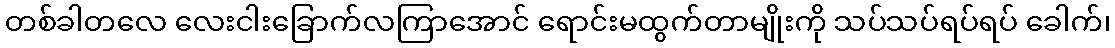
တစ်ခါတလေ လေးငါးခြောက်လကြာအောင် ရောင်းမထွက်တာမျိုးကို သပ်သပ်ရပ်ရပ် ခေါက်၊